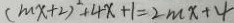
( m x + 2 ) ^ { 2 } + 4 x + 1 = 2 m x + 4